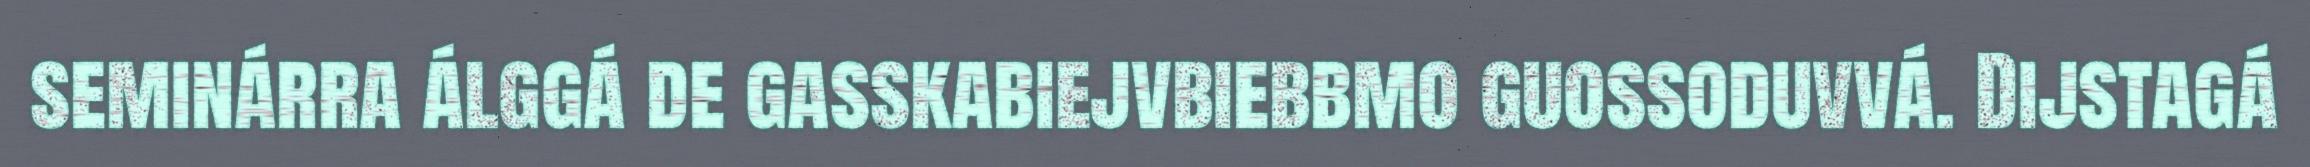
seminárra álggá de gasskabiejvbiebbmo guossoduvvá. Dijstagá